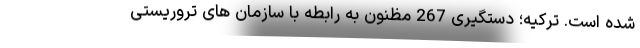
شده است. ترکیه؛ دستگیری 267 مظنون به رابطه با سازمان های تروریستی